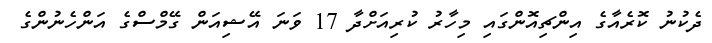
ދެކުނު ކޮރެއާގެ އިންޗިއޮންގައި މިހާރު ކުރިއަށްދާ 17 ވަނަ އޭޝިއަން ގޭމްސްގެ އަންހެނުންގެ